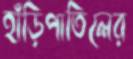
হাঁড়িপাতিলের